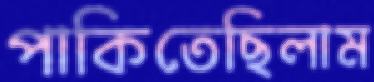
পাকিতেছিলাম